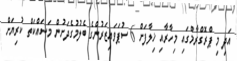
އަދި މި ޕްރޮގްރާމްގައި މިހާރާއި ޚިލާފަށް 6 ސުޕަވައިޒަރުންގެ ބެލުމުގެދަށުން މަސައްކަތް ކުރިޔަށް